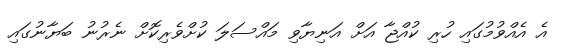
އެ އެއްވުމުގައި ހުރި ކުއްޖާ އަށް އަނިޔާވި މައްސަލަ ކުށްވެރިކޮށް ނެރުނު ބަޔާނުގައި